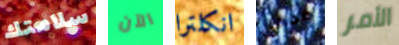
سلامتك الآن انكلترا مدعي الأمر